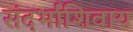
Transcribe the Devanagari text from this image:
संदर्भाशिवाय